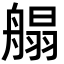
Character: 䑽